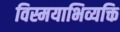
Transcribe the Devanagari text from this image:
विस्मयाभिव्यक्ति